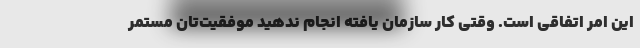
این امر اتفاقی است. وقتی کار سازمان یافته انجام ندهید موفقیت‌تان مستمر